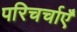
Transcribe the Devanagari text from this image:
परिचर्चाएँ